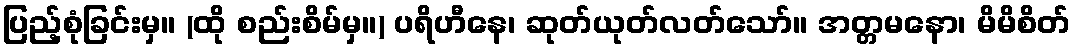
ပြည့်စုံခြင်းမှ။ (ထို စည်းစိမ်မှ။) ပရိဟီနေ၊ ဆုတ်ယုတ်လတ်သော်။ အတ္တမနော၊ မိမိစိတ်